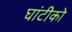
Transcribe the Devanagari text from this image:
घांटीको